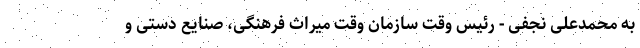
به محمدعلی نجفی - رئیس وقت سازمان وقت میراث فرهنگی، صنایع دستی و